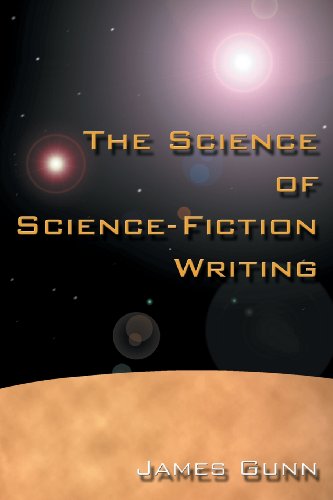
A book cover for The Science of Science Fiction Writing; James Gunn; Science Fiction & Fantasy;